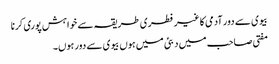
بیوی سے دور آدمی کا غیر فطری طریقہ سے خواہش پوری کرنا
مفتی صاحب میں دبئی میں ہوں بیوی سے دور ہوں۔